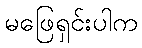
မဖြေရှင်းပါက